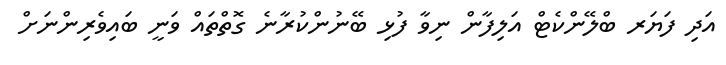
އަދި ފަޔަރ ބްލޭންކެޓް އަލިފާން ނިވާ ފުޅި ބޭނުންކުރާނެ ގޮތްތައް ވަނީ ބައިވެރިންނަށް